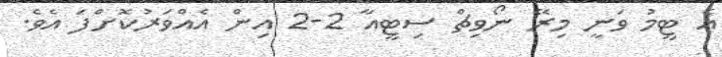
އެ ޓީމު ވަނީ މިރޭ ނޯވިޗް ސިޓީއާ 2-2 އިން އެއްވަރުކޮށްފަ އެވެ.